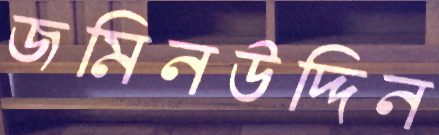
জমিনউদ্দিন